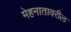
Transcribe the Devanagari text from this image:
मेहनातावरील